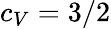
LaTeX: c_{V}=3/2